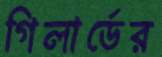
গিলার্ডের